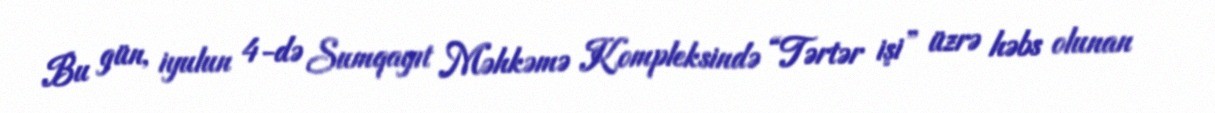
Bu gün, iyulun 4-də Sumqayıt Məhkəmə Kompleksində “Tərtər işi” üzrə həbs olunan